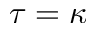
\tau = \kappa